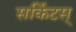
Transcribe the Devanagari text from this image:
सर्किटस्